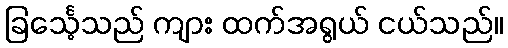
ခြင်္သေ့သည် ကျား ထက်အရွယ် ငယ်သည်။